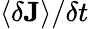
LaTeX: \left\langle\delta\mathbf{J}\right\rangle/\delta t